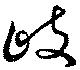
岐